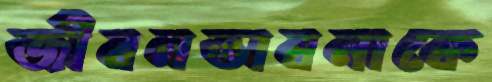
জীবনভাবনাকে